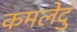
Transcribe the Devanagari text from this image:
कमलेदुं